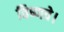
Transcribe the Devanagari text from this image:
विष्णवे।